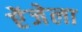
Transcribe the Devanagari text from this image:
ऐंजेला